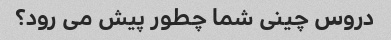
دروس چینی شما چطور پیش می رود؟